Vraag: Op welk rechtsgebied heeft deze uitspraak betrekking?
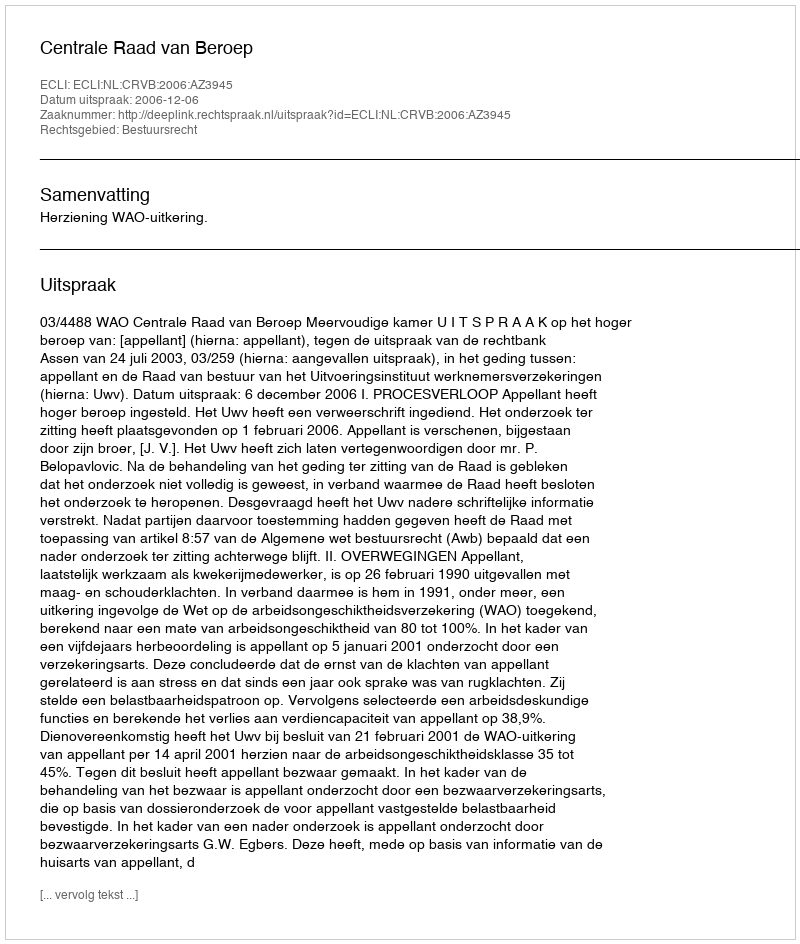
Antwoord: Bestuursrecht